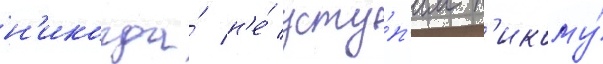
н'икогда́ н'е́ усту́п'им н'икому́